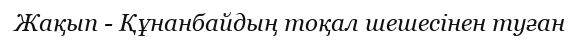
Жақып - Құнанбайдың тоқал шешесінен туған